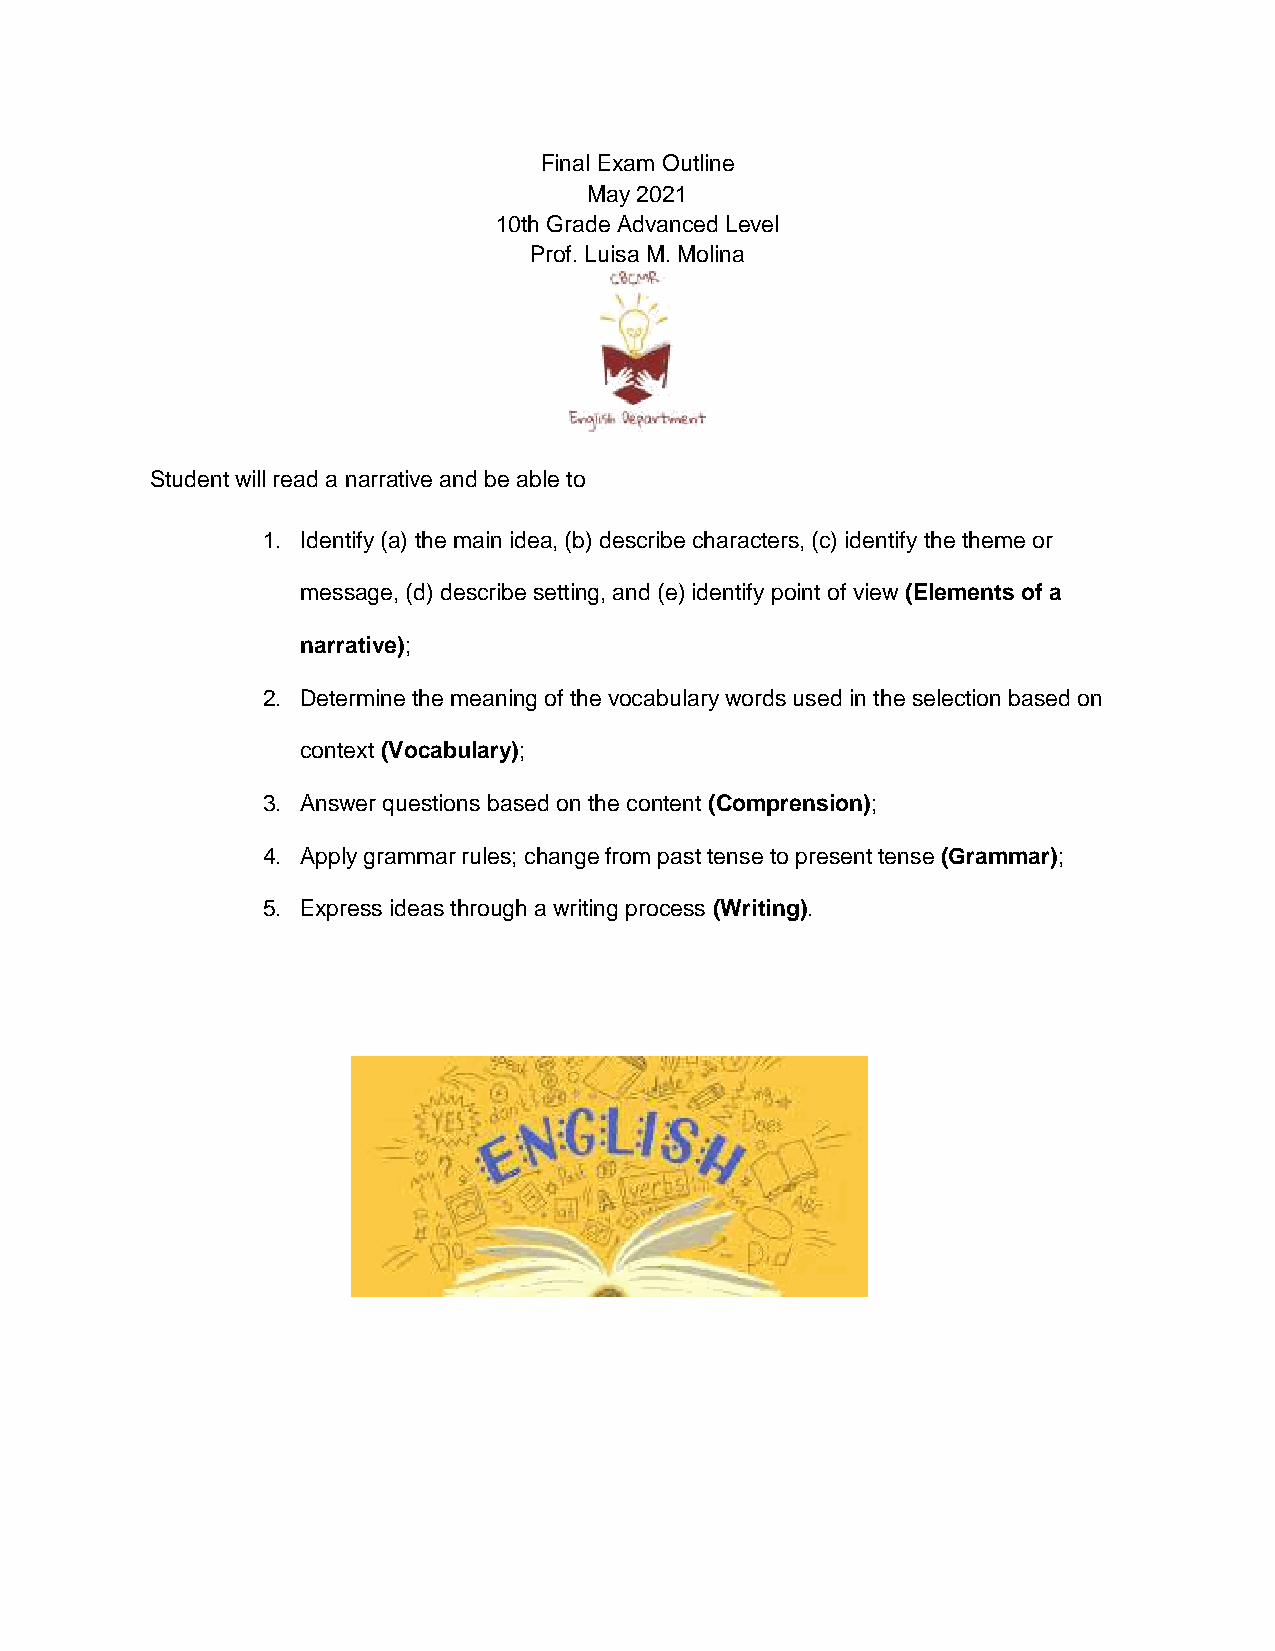
Final Exam Outline
 May 2021
 10th Grade Advanced Level
 Prof. Luisa M. Molina
 Student will read a narrative and be able to
 1. Identify (a) the main idea, (b) describe characters, (c) identify the theme or
 message, (d) describe setting, and (e) identify point of view (Elements of a
 narrative);
 2. Determine the meaning of the vocabulary words used in the selection based on
 context (Vocabulary);
 3. Answer questions based on the content (Comprension);
 4. Apply grammar rules; change from past tense to present tense (Grammar);
 5. Express ideas through a writing process (Writing).